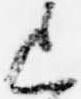
上